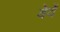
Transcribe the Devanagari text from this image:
वेर्वे